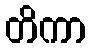
တိကာ